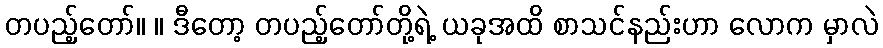
တပည့်တော်။ ။ ဒီတော့ တပည့်တော်တို့ရဲ့ ယခုအထိ စာသင်နည်းဟာ လောက မှာလဲ